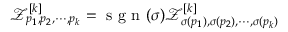
\mathcal { Z } _ { p _ { 1 } , p _ { 2 } , \cdots , p _ { k } } ^ { [ k ] } = \mathrm { ~ s ~ g ~ n ~ } ( \sigma ) \mathcal { Z } _ { \sigma ( p _ { 1 } ) , \sigma ( p _ { 2 } ) , \cdots , \sigma ( p _ { k } ) } ^ { [ k ] }